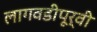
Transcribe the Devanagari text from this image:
लागवडीपूर्वी